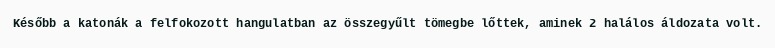
Később a katonák a felfokozott hangulatban az összegyűlt tömegbe lőttek, aminek 2 halálos áldozata volt.